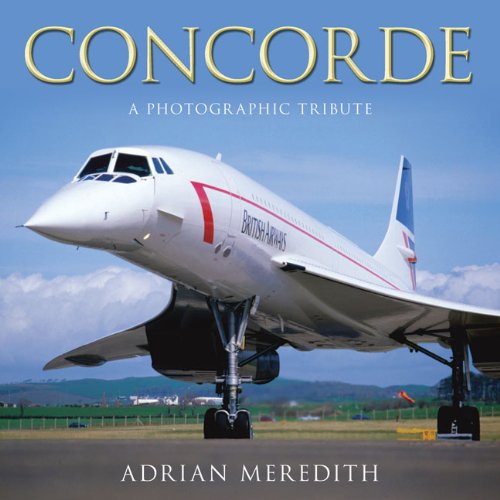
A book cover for Concorde: A Photographic Tribute; Adrian Meredith; Arts & Photography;